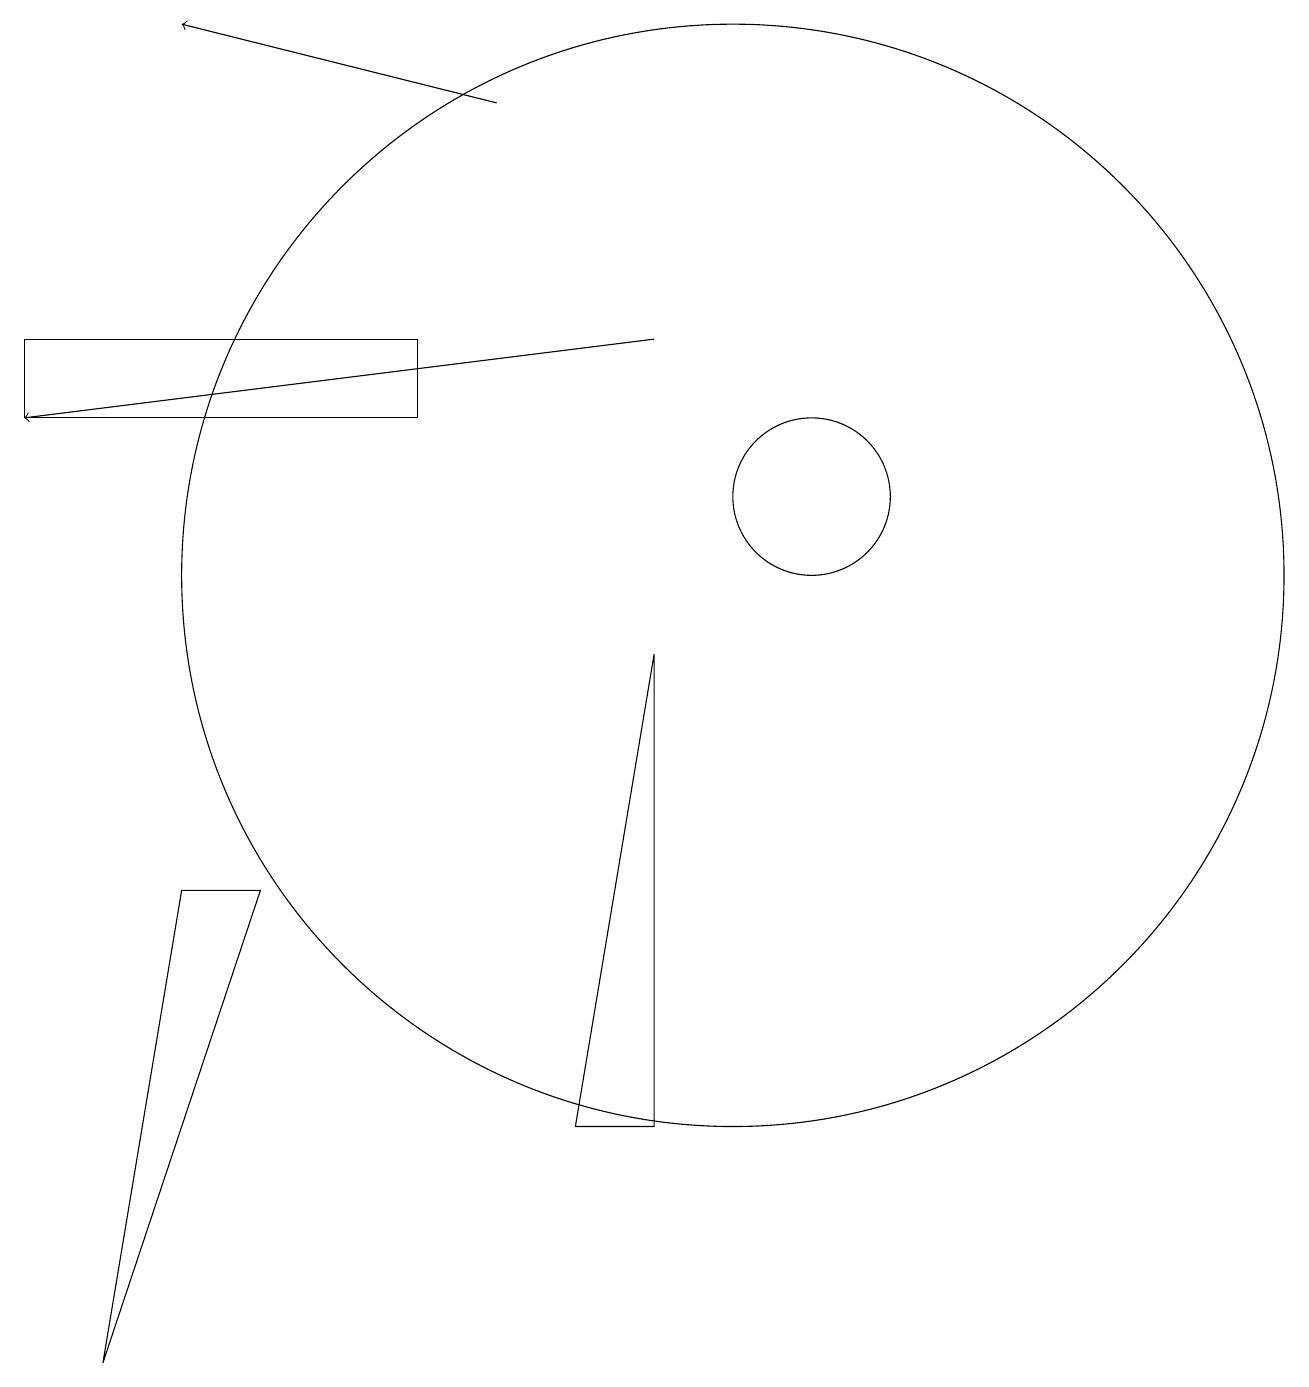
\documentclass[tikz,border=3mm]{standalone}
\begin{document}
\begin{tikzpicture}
\draw[->] (7,16) -- (3,17);
\draw (11,11) circle (1);
\draw (10,10) circle (7);
\draw (1,13) rectangle (6,12);
\draw (9,9) -- (9,3) -- (8,3) -- cycle;
\draw[->] (9,13) -- (1,12);
\draw (4,6) -- (2,0) -- (3,6) -- cycle;
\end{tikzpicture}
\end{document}